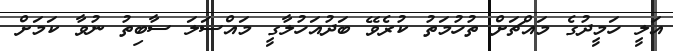
އަލީ ހަމީދުގެ މައްޗަށް ތުހުމަތު ކުރެވޭ ބަދުއަހުލާގީ މައްސަލަ ސާބިތު ނުވާ ކަމަށް